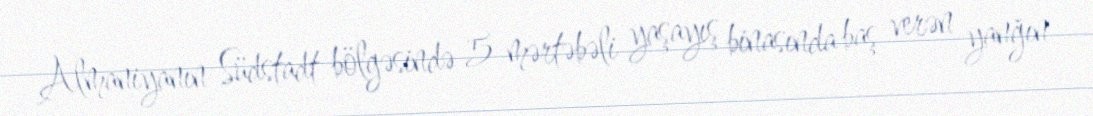
Almaniyanın Südstadt bölgəsində 5 mərtəbəli yaşayış binasında baş verən yanğın